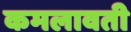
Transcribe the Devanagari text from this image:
कमलावती